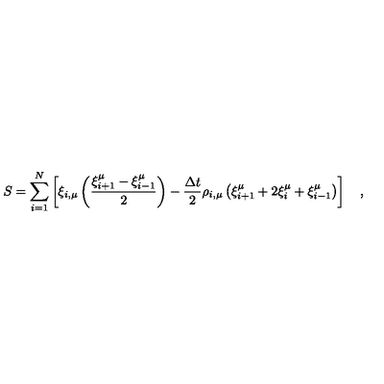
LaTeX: S = \sum _ { i = 1 } ^ { N } \left[ \xi _ { i , \mu } \left( \frac { \xi _ { i + 1 } ^ { \mu } - \xi _ { i - 1 } ^ { \mu } } { 2 } \right) - { \frac { \Delta t } { 2 } } \rho _ { i , \mu } \left( \xi _ { i + 1 } ^ { \mu } + 2 \xi _ { i } ^ { \mu } + \xi _ { i - 1 } ^ { \mu } \right) \right] \quad ,